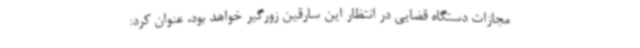
مجازات دستگاه قضایی در انتظار این سارقین زورگیر خواهد بود، عنوان کرد: